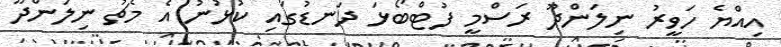
އިއްޔެ ހަވީރު ނިލަންދޫ ރަސްމީ ފުޓްބޯޅަ ދަނޑުގައި ކުޅުނު އެ މެޗު ނިލަންދޫ